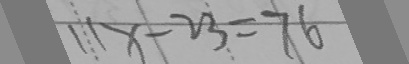
1 1 x - 2 3 = 7 6